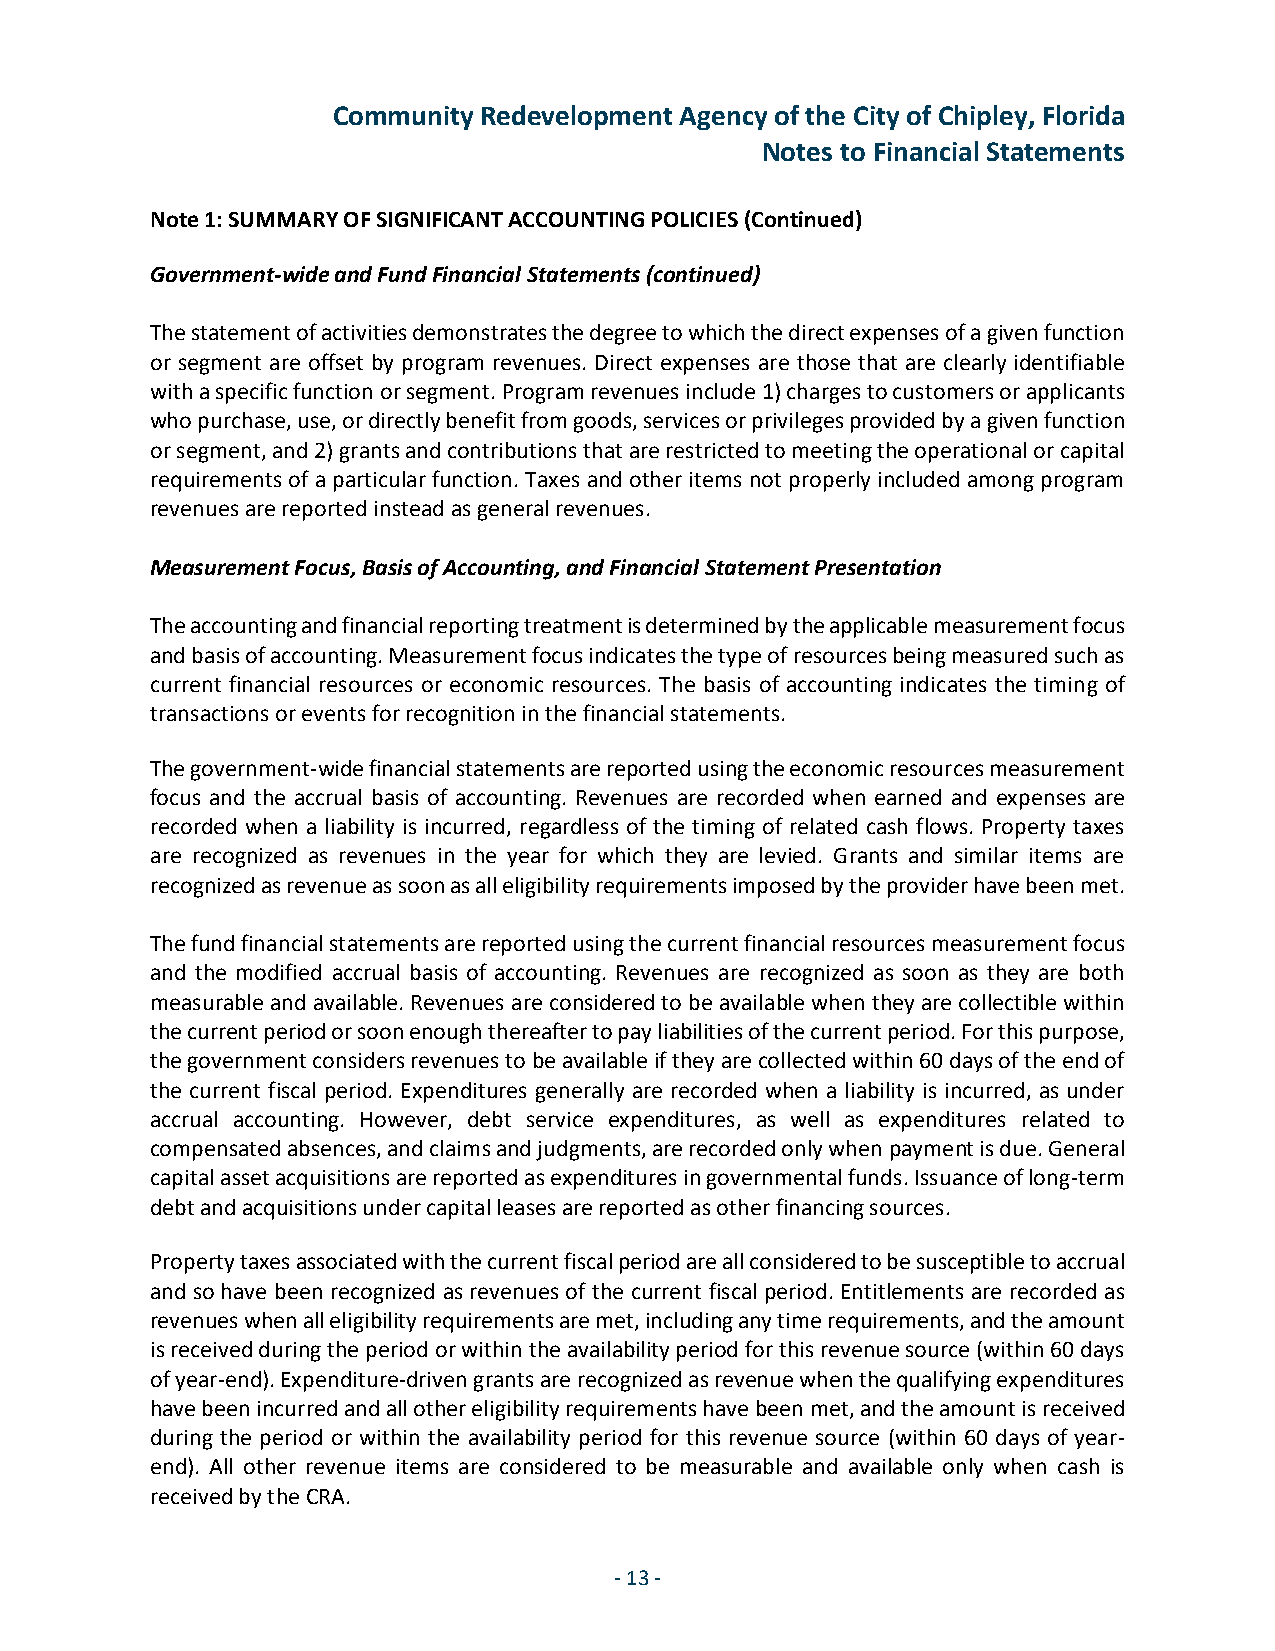
Community Redevelopment Agency of the City of Chipley, Florida
 Notes to Financial Statements
 Note 1: SUMMARY OF SIGNIFICANT ACCOUNTING POLICIES (Continued)
 Government-wide and Fund Financial Statements (continued)
 The statement of activities demonstrates the degree to which the direct expenses of a given function
 or segment are offset by program revenues. Direct expenses are those that are clearly identifiable
 with a specific function or segment. Program revenues include 1) charges to customers or applicants
 who purchase, use, or directly benefit from goods, services or privileges provided by a given function
 or segment, and 2) grants and contributions that are restricted to meeting the operational or capital
 requirements of a particular function. Taxes and other items not properly included among program
 revenues are reported instead as general revenues.
 Measurement Focus, Basis of Accounting, and Financial Statement Presentation
 The accounting and financial reporting treatment is determined by the applicable measurement focus
 and basis of accounting. Measurement focus indicates the type of resources being measured such as
 current financial resources or economic resources. The basis of accounting indicates the timing of
 transactions or events for recognition in the financial statements.
 The government-wide financial statements are reported using the economic resources measurement
 focus and the accrual basis of accounting. Revenues are recorded when earned and expenses are
 recorded when a liability is incurred, regardless of the timing of related cash flows. Property taxes
 are recognized as revenues in the year for which they are levied. Grants and similar items are
 recognized as revenue as soon as all eligibility requirements imposed by the provider have been met.
 The fund financial statements are reported using the current financial resources measurement focus
 and the modified accrual basis of accounting. Revenues are recognized as soon as they are both
 measurable and available. Revenues are considered to be available when they are collectible within
 the current period or soon enough thereafter to pay liabilities of the current period. For this purpose,
 the government considers revenues to be available if they are collected within 60 days of the end of
 the current fiscal period. Expenditures generally are recorded when a liability is incurred, as under
 accrual accounting. However, debt service expenditures, as well as expenditures related to
 compensated absences, and claims and judgments, are recorded only when payment is due. General
 capital asset acquisitions are reported as expenditures in governmental funds. Issuance of long-term
 debt and acquisitions under capital leases are reported as other financing sources.
 Property taxes associated with the current fiscal period are all considered to be susceptible to accrual
 and so have been recognized as revenues of the current fiscal period. Entitlements are recorded as
 revenues when all eligibility requirements are met, including any time requirements, and the amount
 is received during the period or within the availability period for this revenue source (within 60 days
 of year-end). Expenditure-driven grants are recognized as revenue when the qualifying expenditures
 have been incurred and all other eligibility requirements have been met, and the amount is received
 during the period or within the availability period for this revenue source (within 60 days of year-
 end). All other revenue items are considered to be measurable and available only when cash is
 received by the CRA.
 -13 -